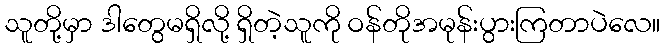
သူတို့မှာ ဒါတွေမရှိလို့ ရှိတဲ့သူကို ဝန်တိုအမုန်းပွားကြတာပဲလေ။